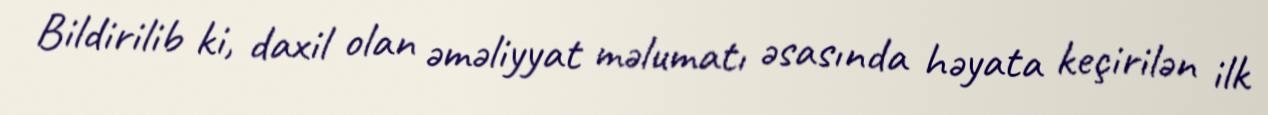
Bildirilib ki, daxil olan əməliyyat məlumatı əsasında həyata keçirilən ilk